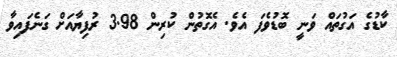
ކާޑުގެ އަގުތައް ވަނީ ބޮޑުވެފަ އެވެ. އެގޮތުން ކުރިން 3.98 ރުފިޔާއަށް ގަނެފައިވާ